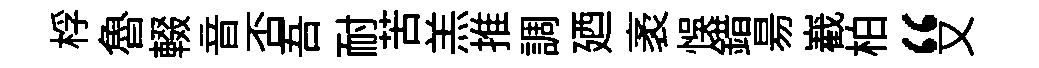
桴魯輟音否吾耐苦羔推調廼袤悞錯昜嶻柏“又